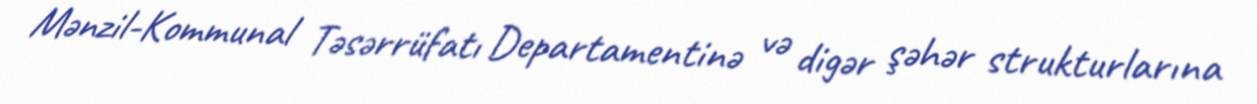
Mənzil-Kommunal Təsərrüfatı Departamentinə və digər şəhər strukturlarına